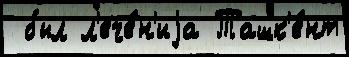
 был л'ече́н'иjа Ташк'е́нт